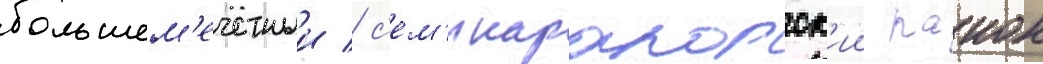
большем'ечетныи / с'ем'икаракорск'ии раион